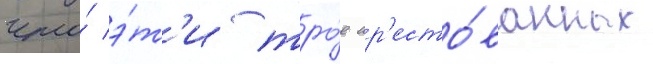
что́ э́т'и тро́е ар'есто́ванных